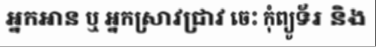
អ្នកអាន ឬ អ្នកស្រាវជ្រាវ ចេះ កុំព្យូទ័រ និង